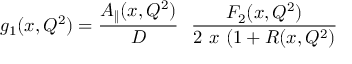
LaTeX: g _ { 1 } ( x , Q ^ { 2 } ) = \frac { A _ { \| } ( x , Q ^ { 2 } ) } { D } ~ ~ \frac { F _ { 2 } ( x , Q ^ { 2 } ) } { 2 ~ x ~ ( 1 + R ( x , Q ^ { 2 } ) }